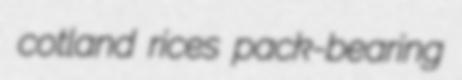
cotland rices pack-bearing